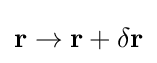
\mathbf {r} \rightarrow \mathbf {r} +\delta \mathbf {r}